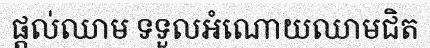
ផ្តល់ឈាម ទទួលអំណោយឈាមជិត